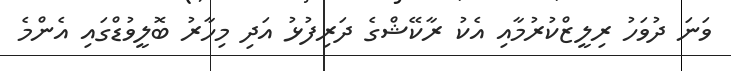
ވަނަ ދުވަހު ރިލީޒްކުރުމާއި އެކު ރާކޭޝްގެ ދަރިފުޅު އަދި މިހާރު ބޮލީވުޑްގައި އެންމެ